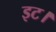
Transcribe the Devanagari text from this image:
इट।